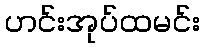
ဟင်းအုပ်ထမင်း